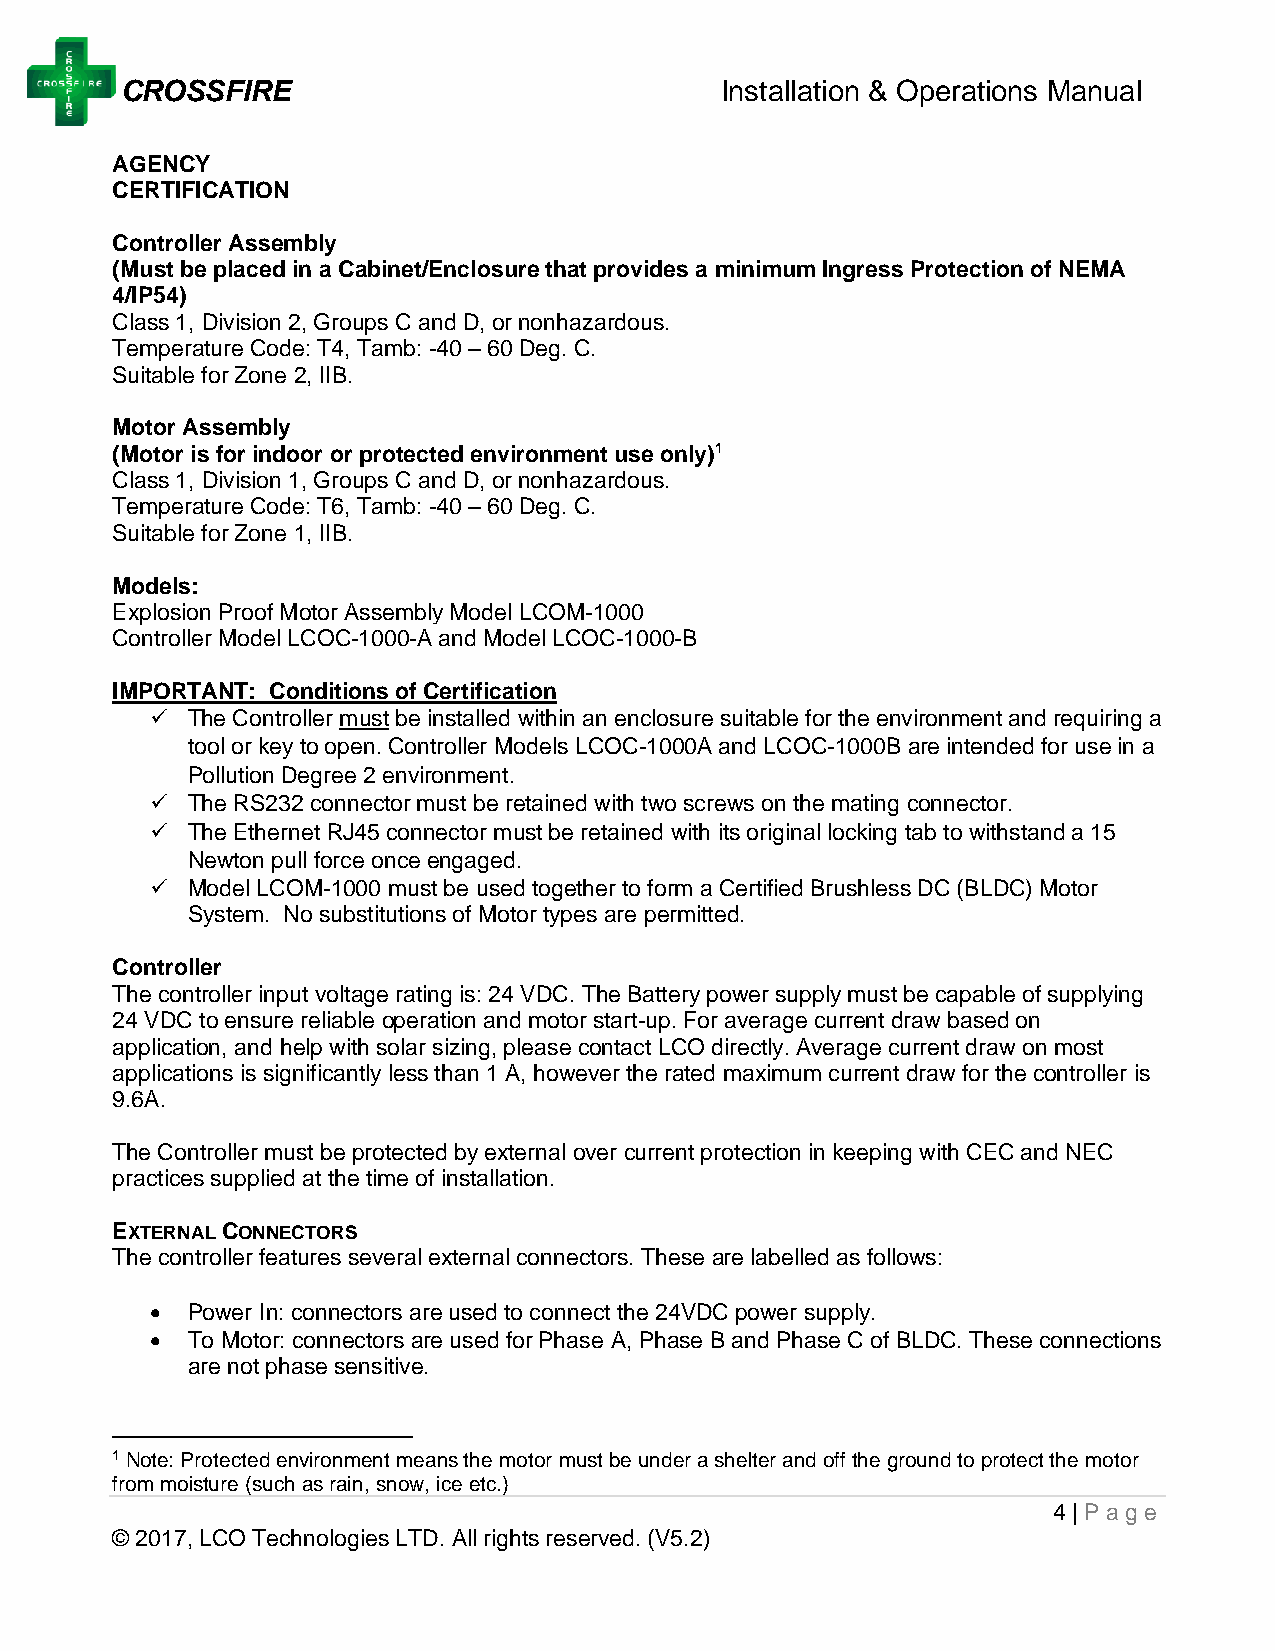
CROSSFIRE                               Installation & Operations Manual
 AGENCY
 CERTIFICATION
 Controller Assembly
 (Must be placed in a Cabinet/Enclosure that provides a minimum Ingress Protection of NEMA
 4/IP54)
 Class 1, Division 2, Groups C and D, or nonhazardous.
 Temperature Code: T4, Tamb: -40 – 60 Deg. C.
 Suitable for Zone 2, IIB.
 Motor Assembly
 (Motor is for indoor or protected environment use only)1
 Class 1, Division 1, Groups C and D, or nonhazardous.
 Temperature Code: T6, Tamb: -40 – 60 Deg. C.
 Suitable for Zone 1, IIB.
 Models:
 Explosion Proof Motor Assembly Model LCOM-1000
 Controller Model LCOC-1000-A and Model LCOC-1000-B
 IMPORTANT: Conditions of Certification
 ✓ The Controller must be installed within an enclosure suitable for the environment and requiring a
 tool or key to open. Controller Models LCOC-1000A and LCOC-1000B are intended for use in a
 Pollution Degree 2 environment.
 ✓ The RS232 connector must be retained with two screws on the mating connector.
 ✓ The Ethernet RJ45 connector must be retained with its original locking tab to withstand a 15
 Newton pull force once engaged.
 ✓ Model LCOM-1000 must be used together to form a Certified Brushless DC (BLDC) Motor
 System. No substitutions of Motor types are permitted.
 Controller
 The controller input voltage rating is: 24 VDC. The Battery power supply must be capable of supplying
 24 VDC to ensure reliable operation and motor start-up. For average current draw based on
 application, and help with solar sizing, please contact LCO directly. Average current draw on most
 applications is significantly less than 1 A, however the rated maximum current draw for the controller is
 9.6A.
 The Controller must be protected by external over current protection in keeping with CEC and NEC
 practices supplied at the time of installation.
 EXTERNAL CONNECTORS
 The controller features several external connectors. These are labelled as follows:
 • Power In: connectors are used to connect the 24VDC power supply.
 • To Motor: connectors are used for Phase A, Phase B and Phase C of BLDC. These connections
 are not phase sensitive.
 1 Note: Protected environment means the motor must be under a shelter and off the ground to protect the motor
 from moisture (such as rain, snow, ice etc.)
 4 | Page
 © 2017, LCO Technologies LTD. All rights reserved. (V5.2)